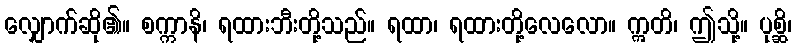
လျှောက်ဆို၏။ စက္ကာနိ၊ ရထားဘီးတို့သည်။ ရထာ၊ ရထားတို့လေလော။ ဣတိ၊ ဤသို့။ ပုစ္ဆိ၊